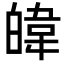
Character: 𪾃